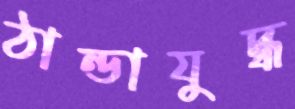
ঠান্ডাযুদ্ধ